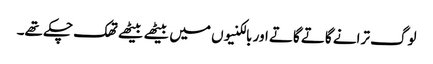
لوگ ترانے گاتے گاتے اور بالکنیوں میں بیٹھے بیٹھے تھک چکے تھے۔